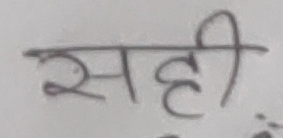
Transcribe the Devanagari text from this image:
सही